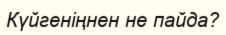
Күйгеніңнен не пайда?